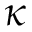
\kappa